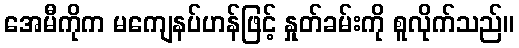
အေမီကိုက မကျေနပ်ဟန်ဖြင့် နှုတ်ခမ်းကို စူလိုက်သည်။